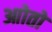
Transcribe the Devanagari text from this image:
आोतों